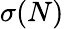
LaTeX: \sigma(N)